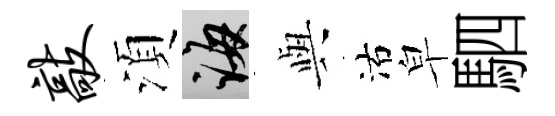
敲湏誨𫤰沽皁駟